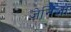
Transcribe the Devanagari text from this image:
जेनिज़ा